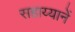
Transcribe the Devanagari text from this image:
सहाय्यानें